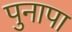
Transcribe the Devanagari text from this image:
पुनापा